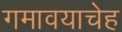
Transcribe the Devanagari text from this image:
गमावयाचेह